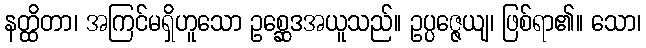
နတ္ထိတာ၊ အကြင်မရှိဟူသော ဥစ္ဆေဒအယူသည်။ ဥပ္ပဇ္ဇေယျ၊ ဖြစ်ရာ၏။ သော၊